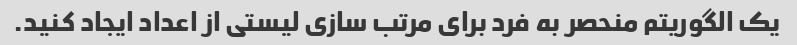
یک الگوریتم منحصر به فرد برای مرتب سازی لیستی از اعداد ایجاد کنید.